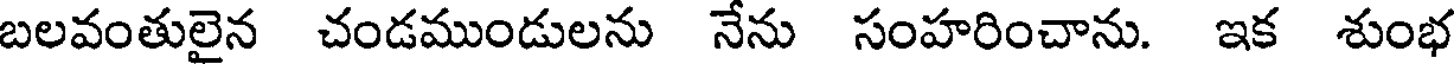
బలవంతులైన చండముండులను నేను సంహరించాను. ఇక శుంభ